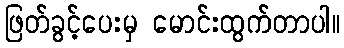
ဖြတ်ခွင့်ပေးမှ မောင်းထွက်တာပါ။